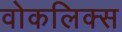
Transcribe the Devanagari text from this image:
वोकलिक्स